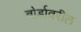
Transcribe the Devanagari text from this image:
बोर्डावरील